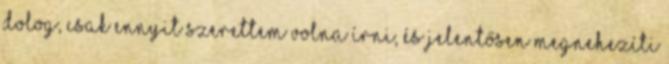
dolog, csak ennyit szerettem volna írni, és jelentősen megnehezíti